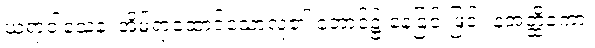
ဃရာဝါသေန၊ အိမ်ရာထောင်သောလူ၏ ဘောင်၌ နေခြင်းဖြင့်။ နအတ္ထိကော၊